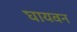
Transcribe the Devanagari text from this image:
घायवन